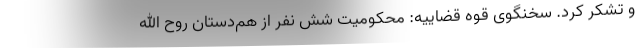
و تشکر کرد. سخنگوی قوه قضاییه: محکومیت شش نفر از هم‌دستان روح الله